Supplement to the account of plague administration in the Bombay Presidency from September 1896 till May 1897
Year: 1896
Disease focus: Plague
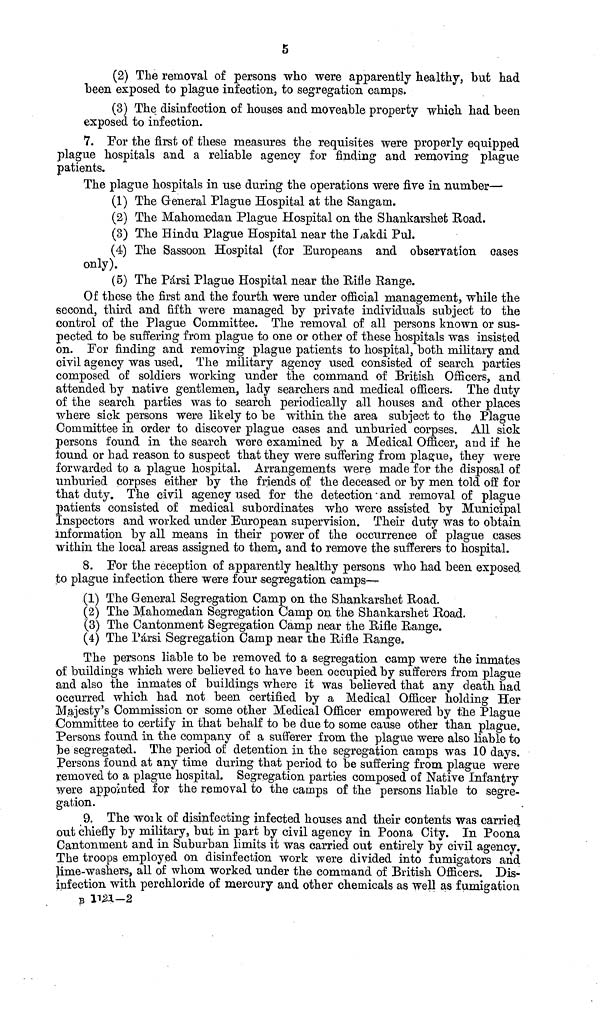
5
(2) The removal of persons who were apparently healthy, but had
been exposed to plague infection, to segregation camps.
(3) The disinfection of houses and moveable property which had been
exposed to infection.
7. For the first of these measures the requisites were properly equipped
plague hospitals and a reliable agency for finding and removing plague
patients.
The plague hospitals in use during the operations were five in number—
(1) The General Plague Hospital at the Sangam.
(2) The Mahomedan Plague Hospital on the Shankarshet Road.
(3) The Hindu Plague Hospital near the Lakdi Pul.
(4) The Sassoon Hospital (for Europeans and observation cases
only).
(5) The Pársi Plague Hospital near the Rifle Range.
Of these the first and the fourth were under official management, while the
second, third and fifth were managed by private individuals subject to the
control of the Plague Committee. The removal of all persons known or sus-
pected to be suffering from plague to one or other of these hospitals was insisted
on. For finding and removing plague patients to hospital, both military and
civil agency was used. The military agency used consisted of search parties
composed of soldiers working under the command of British Officers, and
attended by native gentlemen, lady searchers and medical officers. The duty
of the search parties was to search periodically all houses and other places
where sick persons were likely to be within the area subject to the Plague
Committee in order to discover plague cases and unburied corpses. All sick
persons found in the search were examined by a Medical Officer, and if he
found or had reason to suspect that they were suffering from plague, they were
forwarded to a plague hospital. Arrangements were made for the disposal of
unburied corpses either by the friends of the deceased or by men told off for
that duty. The civil agency used for the detection and removal of plague
patients consisted of medical subordinates who were assisted by Municipal
Inspectors and worked under European supervision. Their duty was to obtain
information by all means in their power of the occurrence of plague cases
within the local areas assigned to them, and to remove the sufferers to hospital.
8. For the reception of apparently healthy persons who had been exposed
to plague infection there were four segregation camps—
(1) The General Segregation Camp on the Shankarshet Road.
(2) The Mahomedan Segregation Camp on the Shankarshet Road.
(3) The Cantonment Segregation Camp near the Rifle Range.
(4) The Pársi Segregation Camp near the Rifle Range.
The persons liable to be removed to a segregation camp were the inmates
of buildings which were believed to have been occupied by sufferers from plague
and also the inmates of buildings where it was believed that any death had
occurred which had not been certified by a Medical Officer holding Her
Majesty's Commission or some other Medical Officer empowered by the Plague
Committee to certify in that behalf to be due to some cause other than plague.
Persons found in the company of a sufferer from the plague were also liable to
be segregated. The period of detention in the segregation camps was 10 days.
Persons found at any time during that period to be suffering from plague were
removed to a plague hospital. Segregation parties composed of Native Infantry
were appointed for the removal to the camps of the persons liable to segre-
gation.
9. The work of disinfecting infected houses and their contents was carried
out chiefly by military, but in part by civil agency in Poona City. In Poona
Cantonment and in Suburban limits it was carried out entirely by civil agency.
The troops employed on disinfection work were divided into fumigators and
lime-washers, all of whom, worked under the command of British Officers. Dis-
infection with perchloride of mercury and other chemicals as well as fumigation
B 1121-2